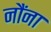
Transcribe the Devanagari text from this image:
नौंना